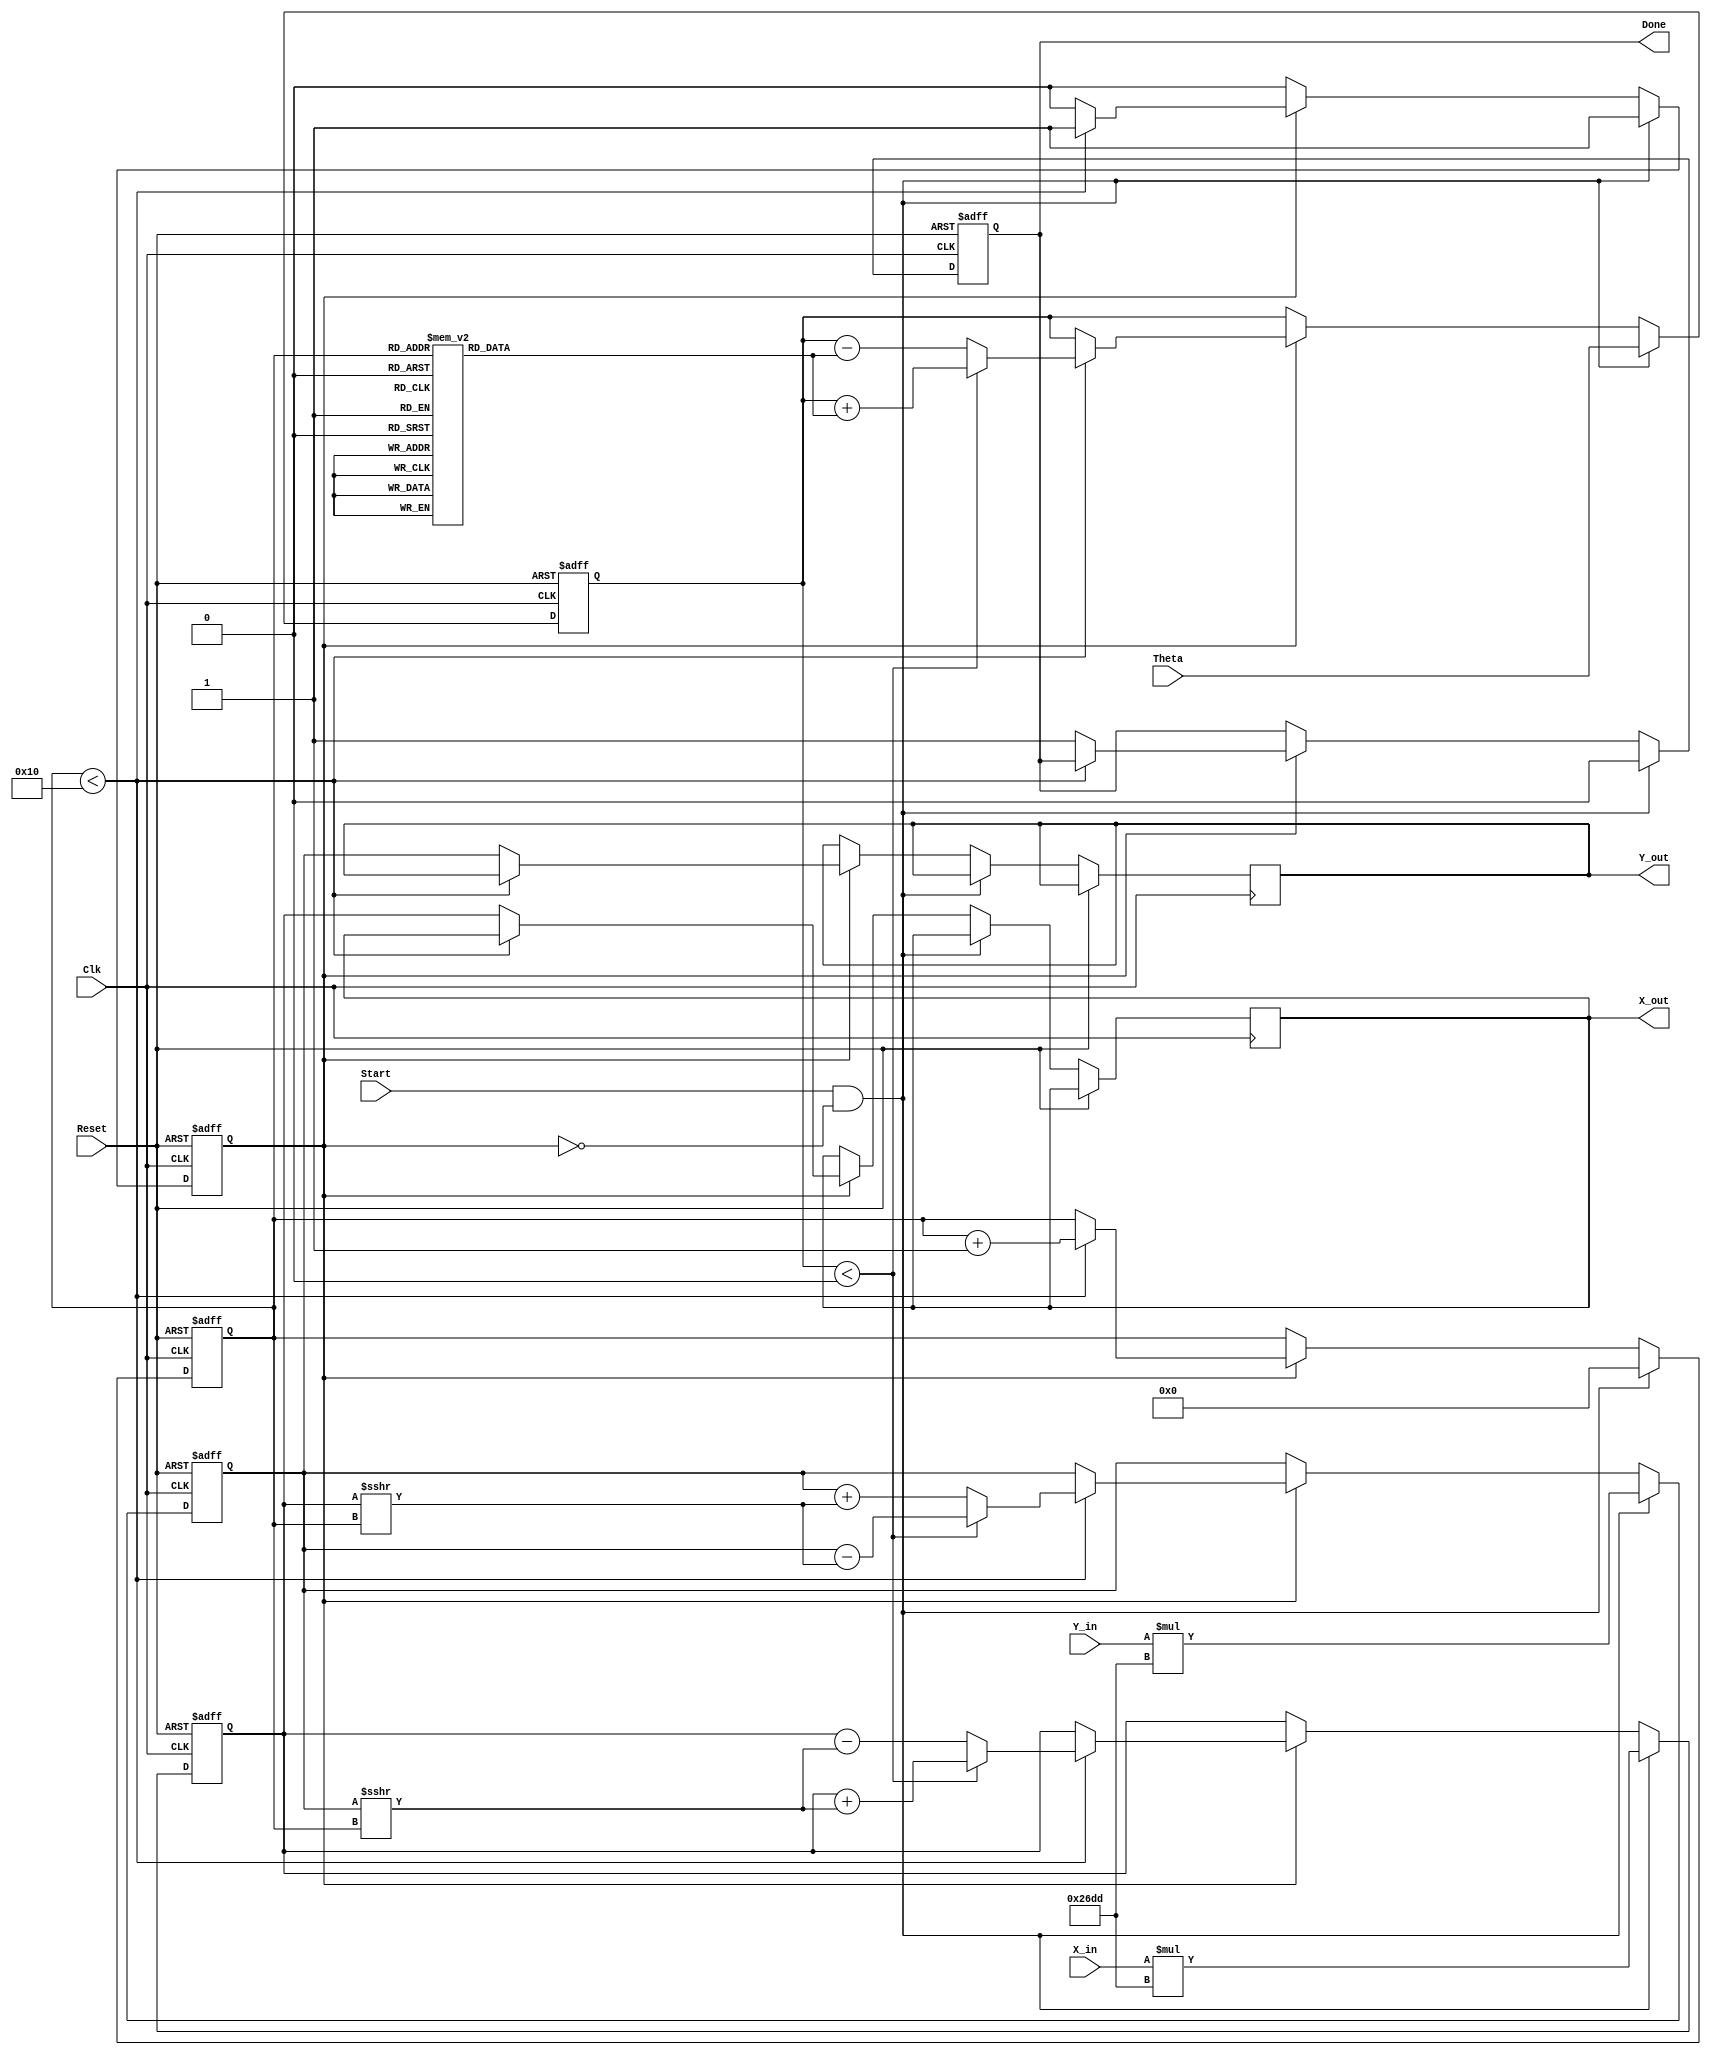
module rotational_cordic (
    input  wire signed [15:0] X_in,      // Input X coordinate
    input  wire signed [15:0] Y_in,      // Input Y coordinate
    input  wire signed [15:0] Theta,      // Desired angle of rotation
    input  wire Start,                    // Control signal to start computation
    input  wire Clk,                      // Clock signal
    input  wire Reset,                    // Asynchronous reset
    output reg signed [15:0] X_out,      // Output X coordinate
    output reg signed [15:0] Y_out,      // Output Y coordinate
    output reg Done                       // Completion signal
);

    // Parameter definitions
    parameter n_iterations = 16; // Number of CORDIC iterations
    reg signed [15:0] K = 16'h26DD; // Pre-calculated gain compensation (K = 1/sqrt(1 + 2^-2i))
    
    // Lookup table for arctangent values for each iteration
    reg signed [15:0] atan_lut [0:n_iterations-1];
    initial begin
        atan_lut[0] = 16'h3243; // atan(2^0) in fixed-point
        atan_lut[1] = 16'h1DAC; // atan(2^-1)
        atan_lut[2] = 16'h0FA7; // atan(2^-2)
        atan_lut[3] = 16'h05A8; // atan(2^-3)
        atan_lut[4] = 16'h01D7; // atan(2^-4)
        atan_lut[5] = 16'h0032; // atan(2^-5)
        atan_lut[6] = 16'h0005; // atan(2^-6)
        atan_lut[7] = 16'h0001; // atan(2^-7)
        // Continue up to 16 iterations if needed
        // Initialize remaining values for additional iterations
    end

    // Internal registers
    reg signed [15:0] X_reg, Y_reg, Z_reg;
    reg [3:0] iteration_count;
    reg busy;

    // State machine to control the CORDIC computation
    always @(posedge Clk or posedge Reset) begin
        if (Reset) begin
            X_reg <= 0;
            Y_reg <= 0;
            Z_reg <= 0;
            iteration_count <= 0;
            Done <= 0;
            busy <= 0;
        end else if (Start && !busy) begin
            // Initialization
            X_reg <= X_in * K; // Initial X with gain compensation
            Y_reg <= Y_in * K; // Initial Y with gain compensation
            Z_reg <= Theta;
            iteration_count <= 0;
            Done <= 0;
            busy <= 1;
        end else if (busy) begin
            if (iteration_count < n_iterations) begin
                if (Z_reg < 0) begin
                    // Rotate counter-clockwise
                    X_reg <= X_reg + (Y_reg >>> iteration_count);
                    Y_reg <= Y_reg - (X_reg >>> iteration_count);
                    Z_reg <= Z_reg + atan_lut[iteration_count];
                end else begin
                    // Rotate clockwise
                    X_reg <= X_reg - (Y_reg >>> iteration_count);
                    Y_reg <= Y_reg + (X_reg >>> iteration_count);
                    Z_reg <= Z_reg - atan_lut[iteration_count];
                end
                iteration_count <= iteration_count + 1;
            end else begin
                // Final output stage
                X_out <= X_reg;
                Y_out <= Y_reg;
                Done <= 1;
                busy <= 0;
            end
        end
    end

endmodule